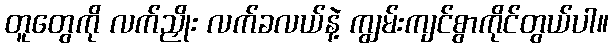
တူတွေကို လက်ညှိုး လက်ခလယ်နဲ့ ကျွမ်းကျင်စွာကိုင်တွယ်ပါ။